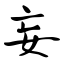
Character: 妄